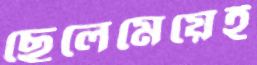
ছেলেমেয়েই